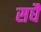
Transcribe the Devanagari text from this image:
सधै